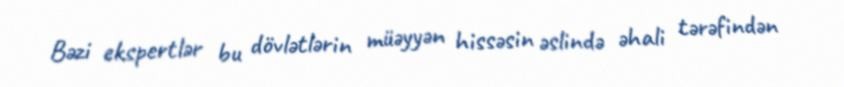
Bəzi ekspertlər bu dövlətlərin müəyyən hissəsin əslində əhali tərəfindən